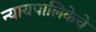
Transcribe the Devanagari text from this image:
न्यायपालिकेचे